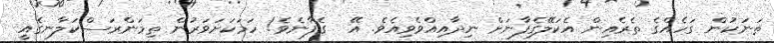
ތަނަކުން ގަހެއްގެ ތެރެއިން އެކަލޭގެފާނަށް ނިދާއިއްވެވިއެވެ. އޭ  ގެފާނެވެ! ހަމަކަށަވަރުން ތިމަންރަސްކަލާނގެއީ